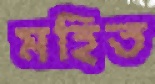
মহিত